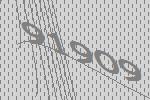
91909